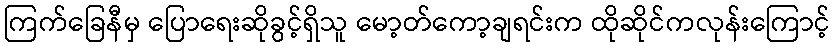
ကြက်ခြေနီမှ ပြောရေးဆိုခွင့်ရှိသူ မော့တ်ကော့ချရင်းက ထိုဆိုင်ကလုန်းကြောင့်